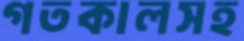
গতকালসহ